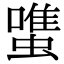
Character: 𧐌